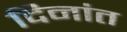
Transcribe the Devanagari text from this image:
दिनांत